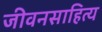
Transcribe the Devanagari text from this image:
जीवनसाहित्य